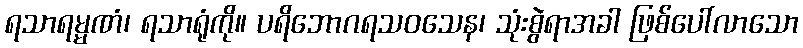
ရသာရမ္မဏံ၊ ရသာရုံကို။ ပရိဘောဂရသဝသေန၊ သုံးစွဲရာအခါ ဖြစ်ပေါ်လာသော